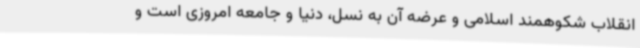
انقلاب شکوهمند اسلامی و عرضه آن به نسل، دنیا و جامعه امروزی است و